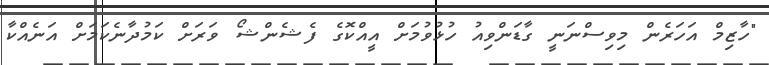
"ހާޒިމް އަހަރެން މިވިސްނަނީ ގާޑަންވިއު ހުޅުވުމަށް އީއްކޮގެ ފެޝެންޝޯ ވަރަށް ކަމުދާނެކަމަށް އަނެއްކާ